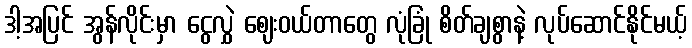
ဒါ့အပြင် အွန်လိုင်းမှာ ငွေလွှဲ ဈေးဝယ်တာတွေ လုံခြုံ စိတ်ချစွာနဲ့ လုပ်ဆောင်နိုင်မယ့်